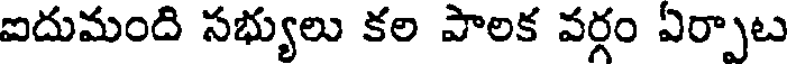
ఐదుమంది సభ్యులు కల పాలక వర్గం ఏర్పాట